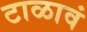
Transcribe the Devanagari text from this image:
टाळावं